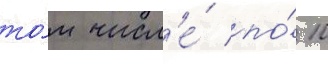
то́м числ'е́ по́ 10